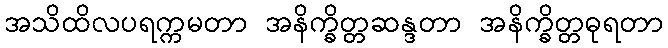
အသိထိလပရက္ကမတာ အနိက္ခိတ္တဆန္ဒတာ အနိက္ခိတ္တဓုရတာ